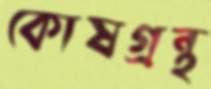
কোষগ্রন্থ